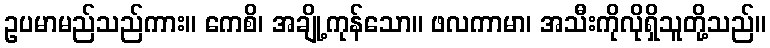
ဥပမာမည်သည်ကား။ ကေစိ၊ အချို့ကုန်သော။ ဖလကာမာ၊ အသီးကိုလိုရှိသူတို့သည်။